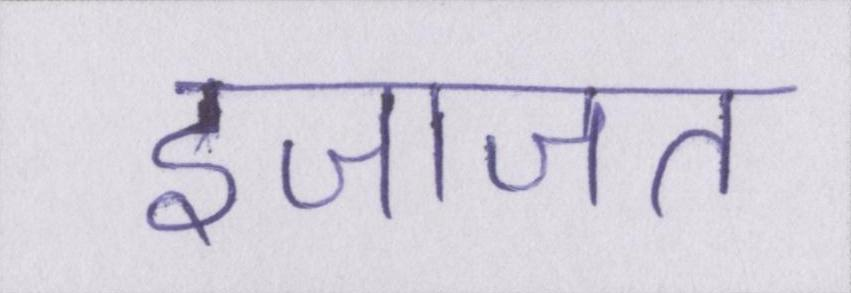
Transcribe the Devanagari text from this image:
इजाजत